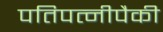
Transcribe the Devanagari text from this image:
पतिपत्‍नीपैकी